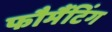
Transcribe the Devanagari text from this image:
फौर्मैटिंग